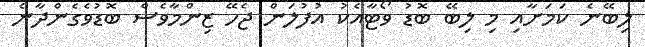
ލިބޭނެ ކަމަށާއި މި ލިބޭ ބޮޑު ވޯޓާއެކު އުފުލަން ޖެހޭ ޒިންމާވެސް ބޮޑުވެގެންދާނެ